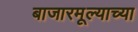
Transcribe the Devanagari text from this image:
बाजारमूल्याच्या